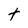
Character: t